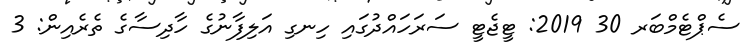
ސެޕްޓެމްބަރ 30 2019: ޓީޖެޓީ ސަރަހައްދުގައި ހިނގި އަލިފާނުގެ ހާދިސާގެ ތެރެއިން: 3